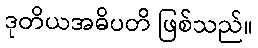
ဒုတိယအဓိပတိ ဖြစ်သည်။